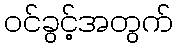
ဝင်ခွင့်အတွက်